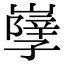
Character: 𡦣